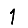
Digit: 1